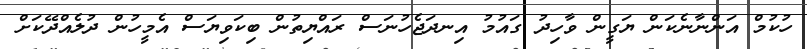
ހުކުމް އަންނާނެކަން ޔަގީން ވާހިދު ގައުމު އިނދަޖެހުނަސް ރައްޔިތުން ބިކަވިޔަސް އެމީހުން ދުލެއްދޭކަށް